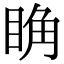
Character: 𥆌